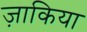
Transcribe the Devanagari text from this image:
ज़ाकिया